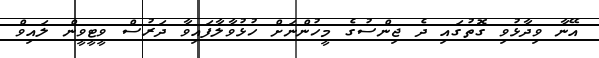
އޭނާ ވިދާޅުވި ގޮތުގައި ދެ ޖިންސުގެ މީހުންނަށް ހުޅުވާލާފައިވާ ދަރުސް ވީޓީވީން ލައިވް